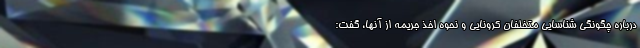
درباره چگونگی شناسایی متخلفان کرونایی و نحوه اخذ جریمه‌ از آنها، گفت: